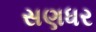
સણધર